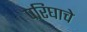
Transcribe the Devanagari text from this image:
परिघाचे